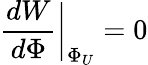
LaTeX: {\frac{dW}{d\Phi}}\bigg|_{\Phi_{U}}=0